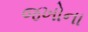
જખોના